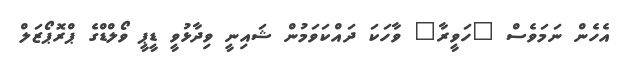
އެހެން ނަމަވެސް "ހަވީރާ" ވާހަކަ ދައްކަވަމުން ޝައިނީ ވިދާޅުވީ ޑީޕީ ވޯލްޑްގެ ޕްރޮޕޯޒަލް